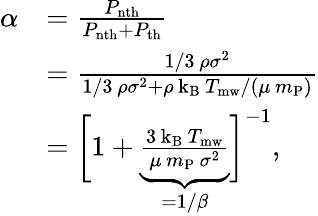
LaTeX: \begin{array}{rl}{\alpha}&{=\frac{P_{\mathrm{nth}}}{P_{\mathrm{nth}}+P_{\mathrm{th}}}}\\ &{=\frac{1/3\, \rho\sigma^{2}}{1/3\, \rho\sigma^{2}+\rho\, \mathrm{k_{B}}\, T_{\mathrm{mw}}/(\mu\, m_{\mathrm{P}})}}\\ &{=\biggl[1+\underbrace{\frac{3\, \mathrm{k_{B}}\, T_{\mathrm{mw}}}{\mu\, m_{\mathrm{P}}\, \sigma^{2}}}_{=1/\beta}\biggr]^{-1},}\end{array}